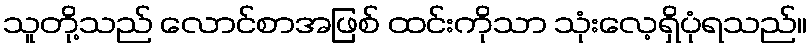
သူတို့သည် လောင်စာအဖြစ် ထင်းကိုသာ သုံးလေ့ရှိပုံရသည်။